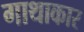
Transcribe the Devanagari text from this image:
गाथाकार